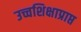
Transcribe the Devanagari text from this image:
उच्चशिक्षाप्राप्त